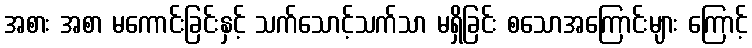
အစား အစာ မကောင်းခြင်းနှင့် သက်သောင့်သက်သာ မရှိခြင်း စသောအကြောင်းများ ကြောင့်